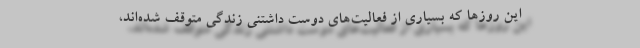
این روزها که بسیاری از فعالیت‌های دوست داشتنی زندگی متوقف شده‌اند،